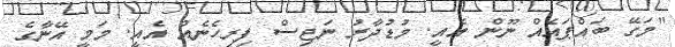
"މަގޭ ބައްޕައެއް ނޫން އެއީ. މުޑުދާރު ނަޖިސް ފިރިހެނެއް އެއީ. މަމީ އޭނާގެ